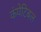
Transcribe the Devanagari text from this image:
कंपेटिबल